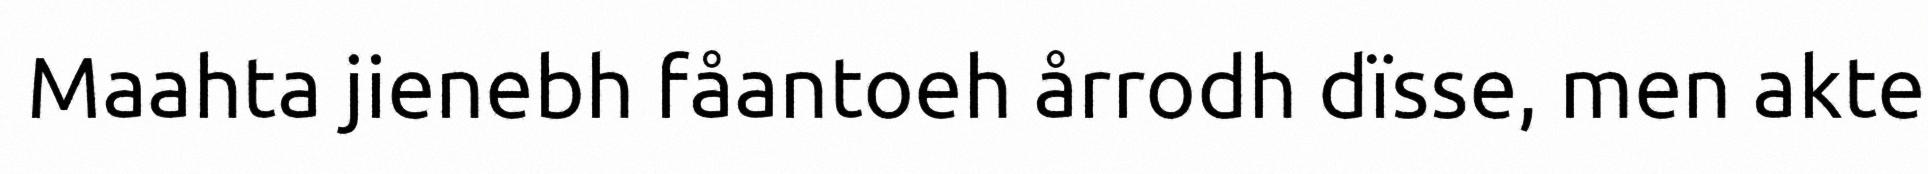
Maahta jienebh fåantoeh årrodh dïsse, men akte